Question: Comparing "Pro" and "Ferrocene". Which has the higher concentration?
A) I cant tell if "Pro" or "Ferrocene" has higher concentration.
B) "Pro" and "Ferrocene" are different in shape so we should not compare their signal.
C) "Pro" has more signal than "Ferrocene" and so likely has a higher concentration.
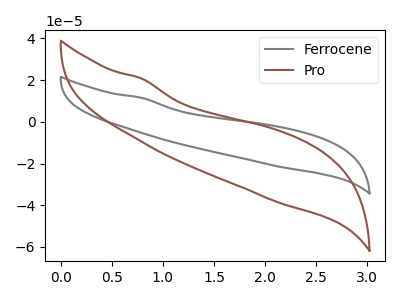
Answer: <think>The gray curve "Ferrocene" has no peaks. The brown curve "Pro" has no peaks.
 Neither "Pro" or "Ferrocene" have any peaks.</think>
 <answer>A) I cant tell if "Pro" or "Ferrocene" has higher concentration.</answer>
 <eval>A</eval>